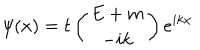
LaTeX: \psi ( x ) = t \left( \begin{array} { c } { { E + m } } \\ { { - i k } } \\ \end{array} \right) e ^ { i k x }